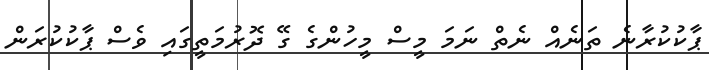
ޕާކުކުރާނެ ތަނެއް ނެތް ނަމަ މީސް މީހުންގެ ގޭ ދޮރުމަތީގައި ވެސް ޕާކުކުރަން